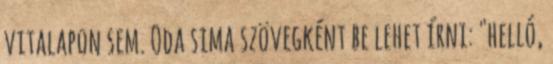
vitalapon sem. Oda sima szövegként be lehet írni: "helló,